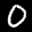
Label: 0